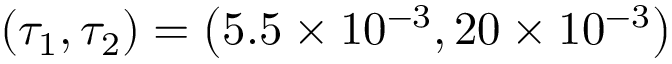
\left( \tau _ { 1 } , \tau _ { 2 } \right) = \left( 5 . 5 \times 1 0 ^ { - 3 } , 2 0 \times 1 0 ^ { - 3 } \right)